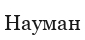
Науман